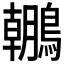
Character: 𪆘